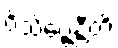
ဝိသိဗ္ဗေန္တီတိ